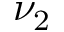
\nu _ { 2 }